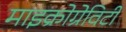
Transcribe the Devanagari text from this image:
माइक्रोग्रेविटी